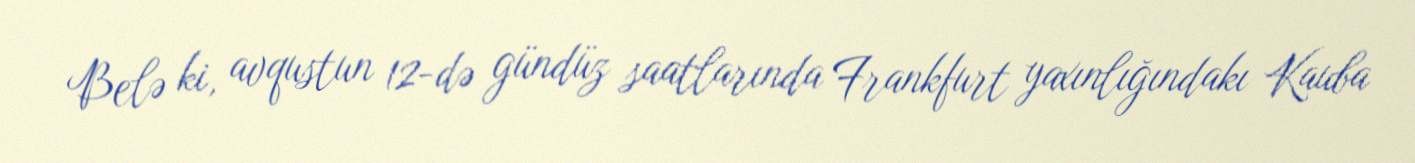
Belə ki, avqustun 12-də gündüz saatlarında Frankfurt yaxınlığındakı Kauba